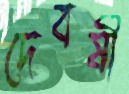
দেবর্ষী